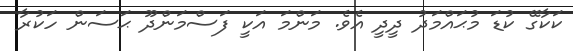
ކަކާގޭ ކުޑަ މުޙައްމަދު ދީދީ އެވެ. މަންމަ އަކީ ފަސްމަންދޫ ޙަސަން ހަކުރާ